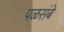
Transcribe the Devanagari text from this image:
पळसंबे